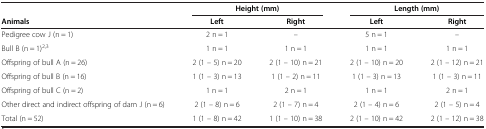
|  | <COLSPAN=2> Height (mm) | <COLSPAN=2> Length (mm) |
 | Animals | Left | Right | Left | Right |
 | --- | --- | --- | --- | --- |
 | Pedigree cow J (n = 1) | 2 n = 1 | – | 5 n = 1 | – |
 | Bull B (n = 1)2,3 | 1 n = 1 | 1 n = 1 | 1 n = 1 | 1 n = 1 |
 | Offspring of bull A (n = 26) | 2 (1 – 5) n = 20 | 2 (1 – 10) n = 21 | 2 (1 – 10) n = 20 | 2 (1 – 12) n = 21 |
 | Offspring of bull B (n = 16) | 1 (1 – 3) n = 13 | 1 (1 – 2) n = 11 | 1 (1 – 3) n = 13 | 1 (1 – 3) n = 11 |
 | Offspring of bull C (n = 2) | 1 n = 1 | 2 n = 1 | 1 n = 1 | 2 n = 1 |
 | Other direct and indirect offspring of dam J (n = 6) | 2 (1 – 8) n = 6 | 2 (1 – 7) n = 4 | 2 (1 – 4) n = 6 | 2 (1 – 5) n = 4 |
 | Total (n = 52) | 1 (1 – 8) n = 42 | 1 (1 – 10) n = 38 | 2 (1 – 10) n = 42 | 2 (1 – 12) n = 38 |